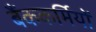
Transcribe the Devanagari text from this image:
बैंककर्मियों